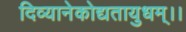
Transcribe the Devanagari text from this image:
दिव्यानेकोद्यतायुधम्‌।।